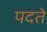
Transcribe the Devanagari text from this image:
पदते